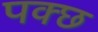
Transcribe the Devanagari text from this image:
पक्छ